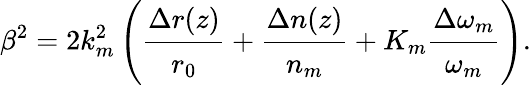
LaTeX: \beta^{2}=2k_{m}^{2}\left(\cfrac{\Delta r(z)}{r_{0}}+\cfrac{\Delta n(z)}{n_{m}}+K_{m}\cfrac{\Delta\omega_{m}}{\omega_{m}}\right).